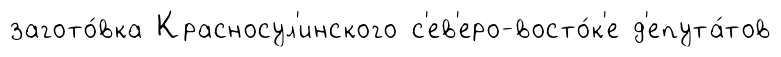
загото́вка Красносул'инского с'ев'еро-восто́к'е д'епута́тов